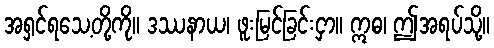
အရှင်ရသေ့တို့ကို။ ဒဿနာယ၊ ဖူးမြင်ခြင်းငှာ။ ဣဓ၊ ဤအရပ်သို့။